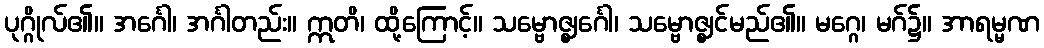
ပုဂ္ဂိုလ်၏။ အင်္ဂေါ၊ အင်္ဂါတည်း။ ဣတိ၊ ထို့ကြောင့်။ သမ္ဗောဇ္ဈင်္ဂေါ၊ သမ္ဗောဇ္ဈင်မည်၏။ မဂ္ဂေ၊ မဂ်၌။ အာရမ္မဏ